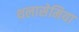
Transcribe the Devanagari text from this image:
थलासेमिया